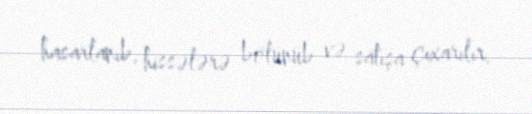
hasarlanıb, hissələrə bölünüb və satışa çıxarılır.